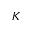
K